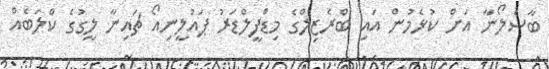
ބާސެލޯނާ އަށް ކުޅެމުން އައި ބްރެޒިލްގެ މިޑްފީލްޑަރު ޕައުލީނިއޯ ޗައިނާ ލީގުގެ ކްލަބެއް